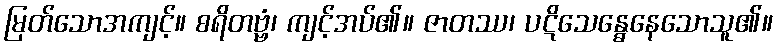
မြတ်သောအကျင့်။ စရိတဗ္ဗံ၊ ကျင့်အပ်၏။ ဇာတဿ၊ ပဋိသေန္ဓေနေသောသူ၏။